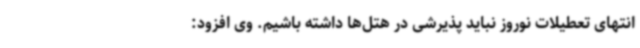
انتهای تعطیلات نوروز نباید پذیرشی در هتل‌ها داشته باشیم. وی افزود: